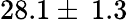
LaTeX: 28.1\pm\: 1.3